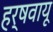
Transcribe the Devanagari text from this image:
हर्षवायू